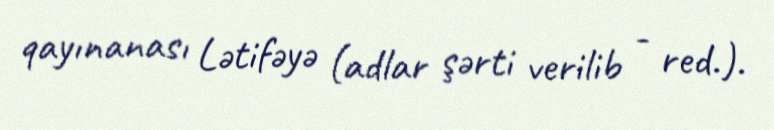
qayınanası Lətifəyə (adlar şərti verilib - red.).